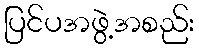
ပြင်ပအဖွဲ့အစည်း